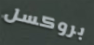
بروكسل